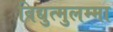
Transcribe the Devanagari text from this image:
विद्युत्मुलम्मा